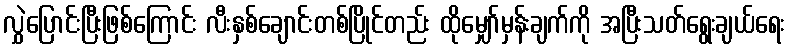
လွှဲပြောင်းပြီးဖြစ်ကြောင်း လီးနှစ်ချောင်းတစ်ပြိုင်တည်း ထိုမျှော်မှန်းချက်ကို အပြီးသတ်ရွေးချယ်ရေး